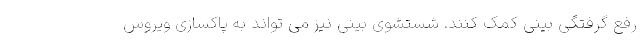
رفع گرفتگی بینی کمک کنند. شستشوی بینی نیز می تواند به پاکسازی ویروس